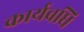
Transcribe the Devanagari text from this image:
कार्यवधि